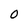
Character: o